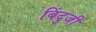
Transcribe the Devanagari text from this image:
बिंदुजी